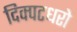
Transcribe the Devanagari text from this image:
दिक्पटधरो